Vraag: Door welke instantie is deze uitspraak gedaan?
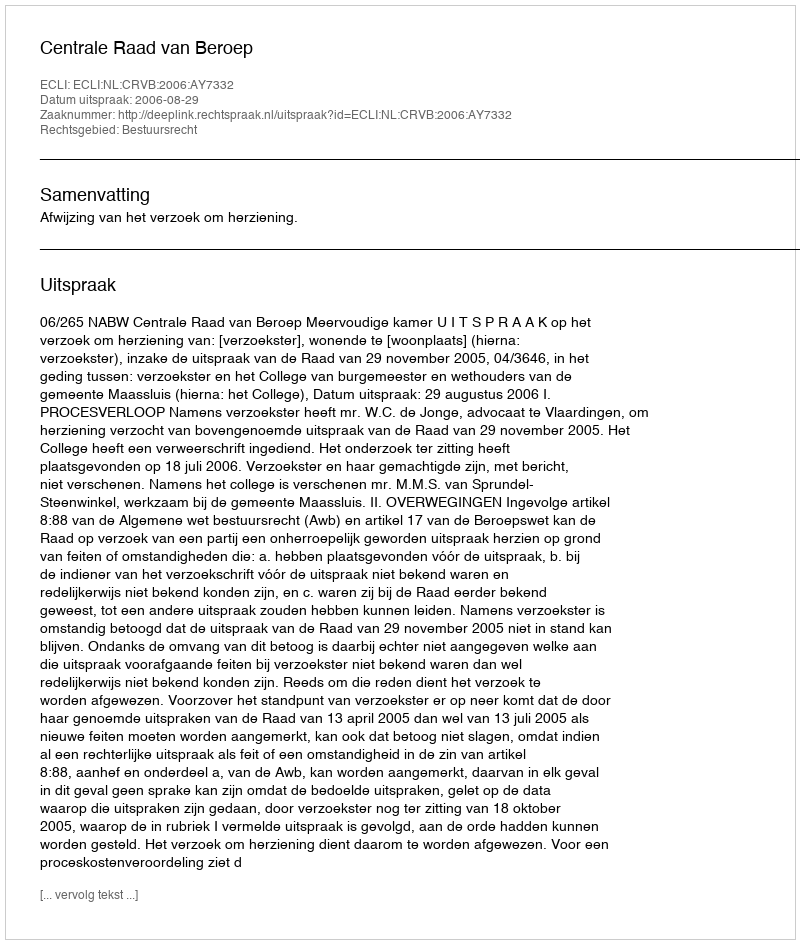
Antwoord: Centrale Raad van Beroep